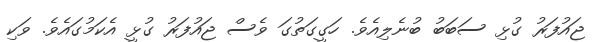
ޖައުފަރު ގުޅި ސަބަބު ބުނެލިއެވެ. ހަގީގަތުގަ ވެސް ޖައުފަރު ގުޅީ އެކަމުގައެވެ. ވަކި